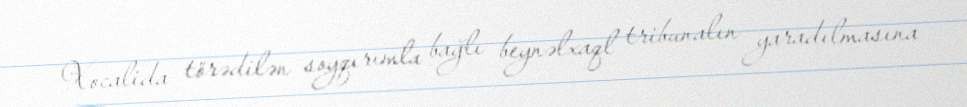
Xocalida törədilən soyqırımla bağlı beynəlxaql tribunalın yaradılmasına